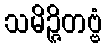
သမိဉ္ဇိတဗ္ဗံ